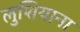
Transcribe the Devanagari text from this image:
लुशियाना